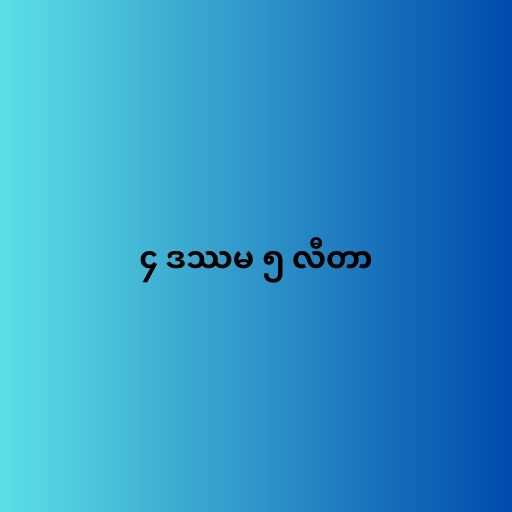
၄ ဒဿမ ၅ လီတာ